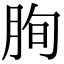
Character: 𦚧